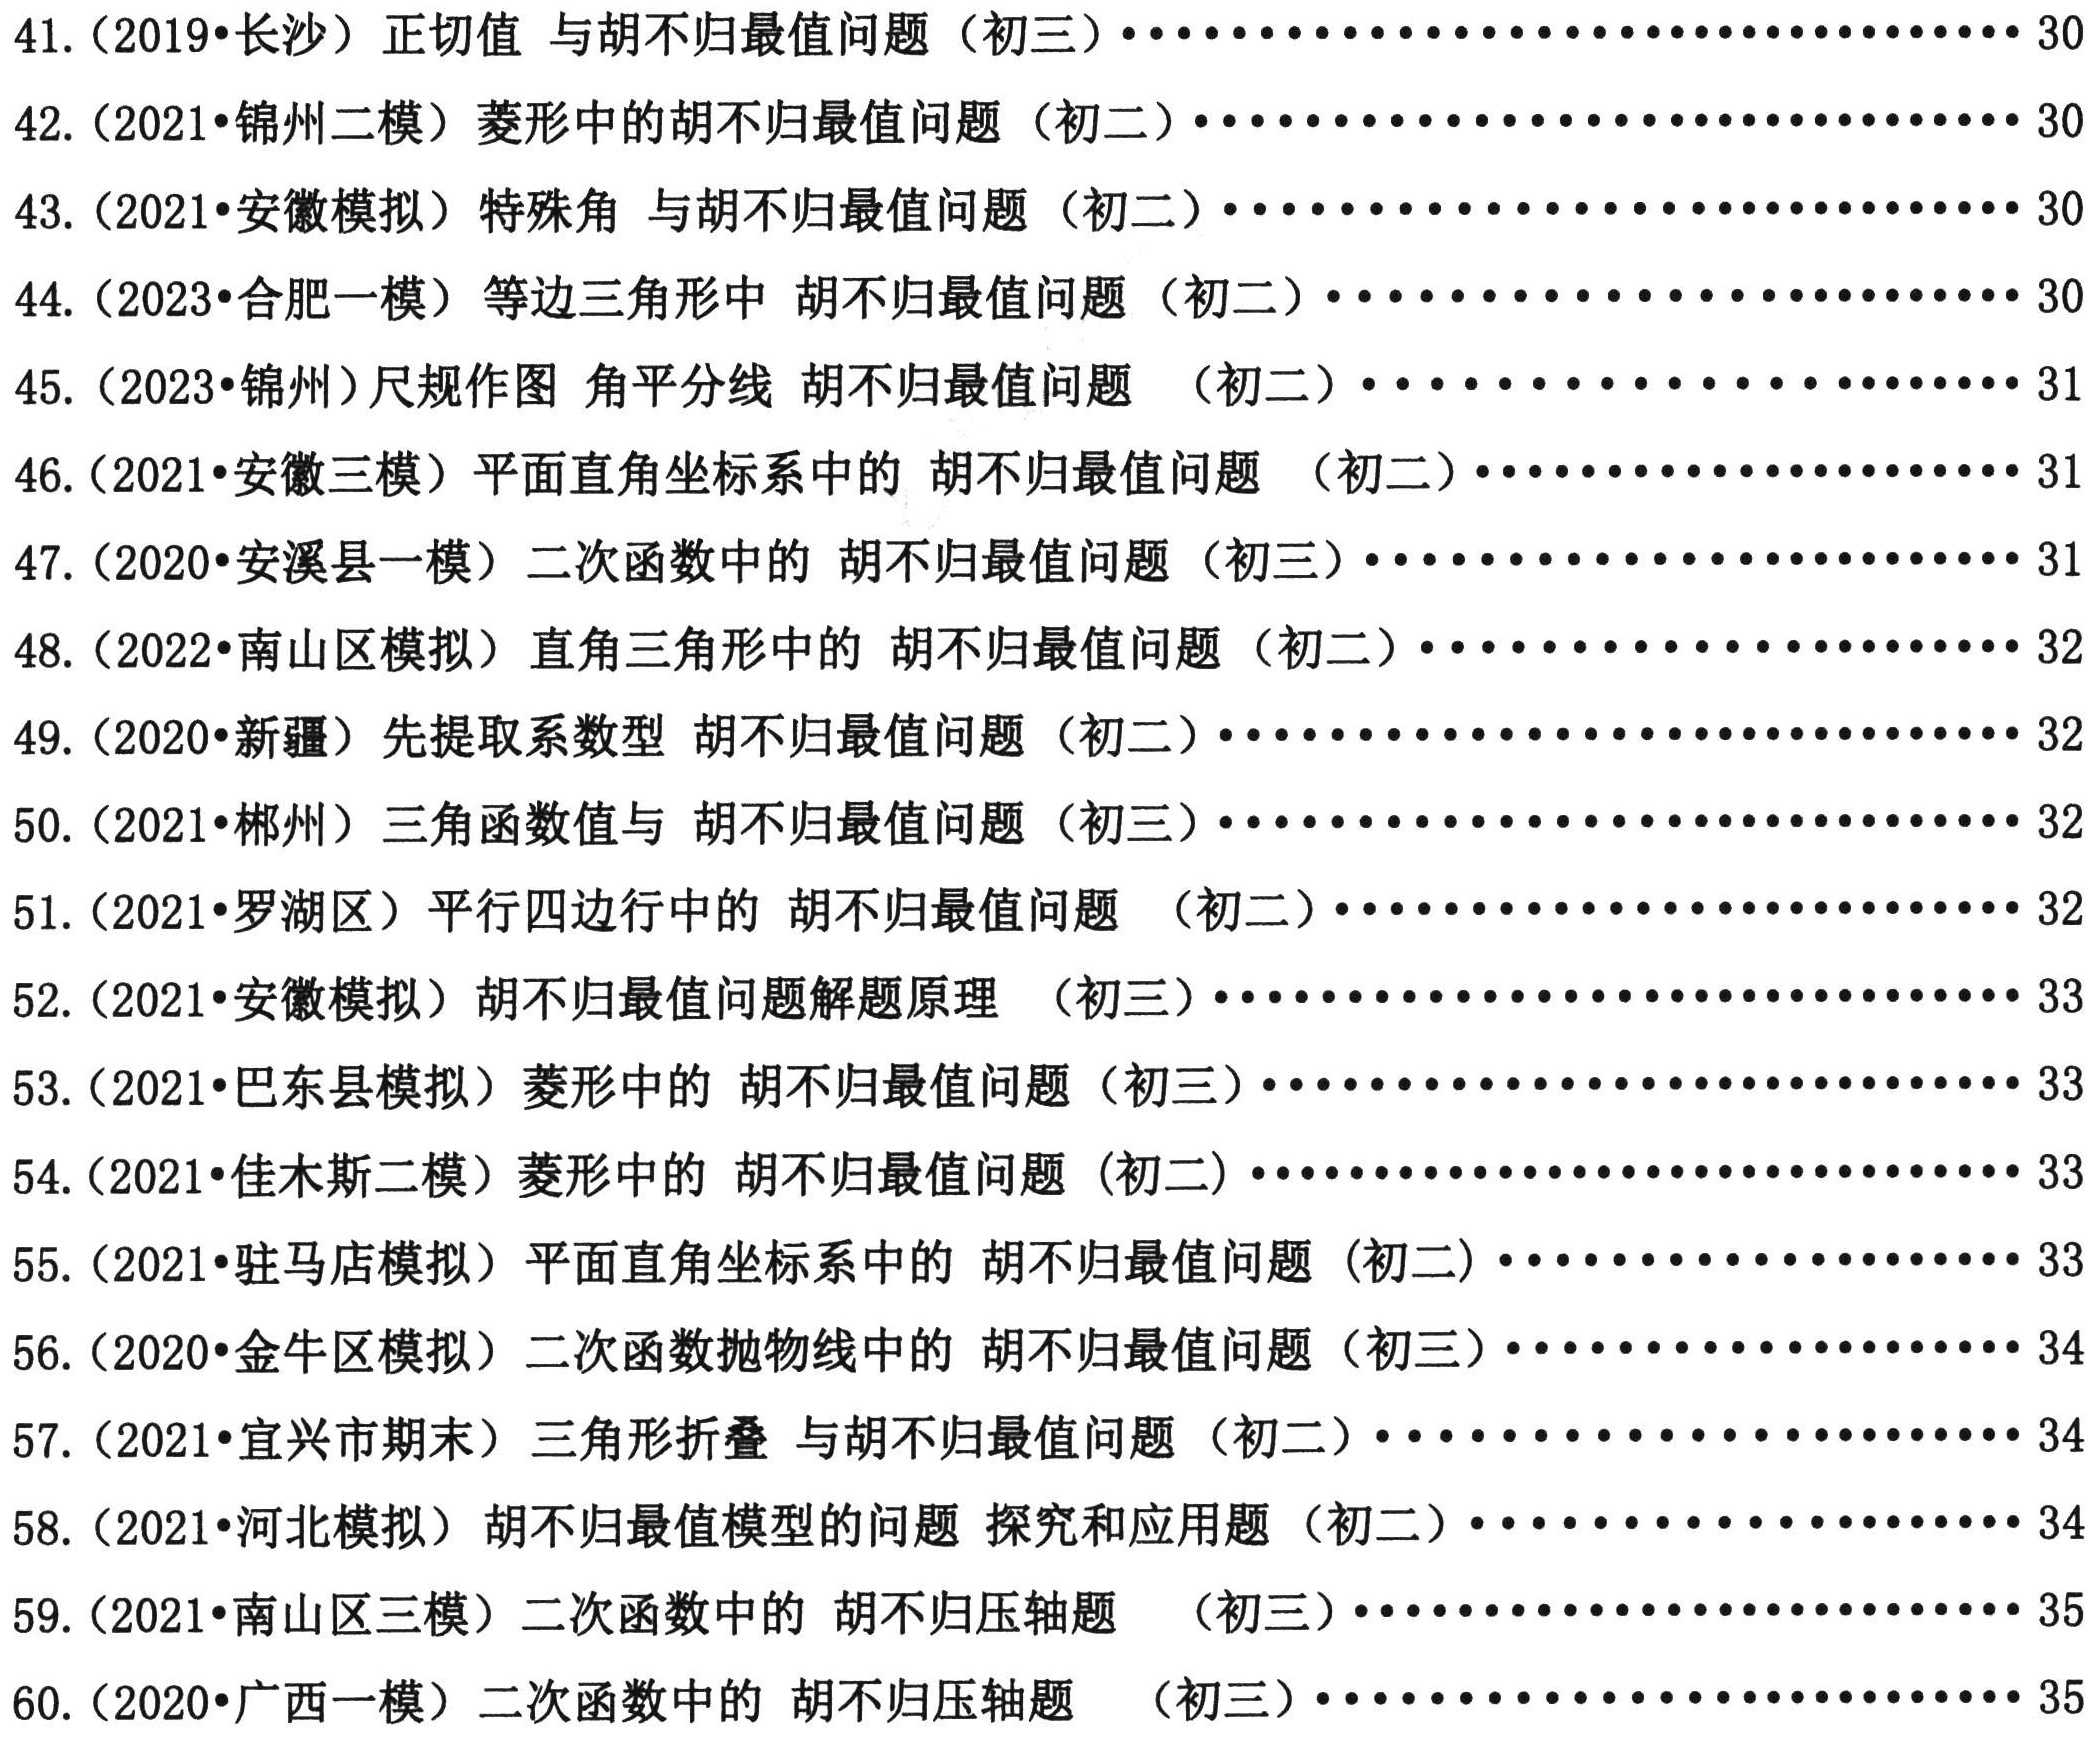
41. (2019•长沙) 正切值 与胡不归最值问题（初三）……………………… 30
42. (2021•锦州二模) 菱形中的胡不归最值问题（初二）……………………… 30
43. (2021•安徽模拟) 特殊角 与胡不归最值问题（初二）……………………… 30
44. (2023•合肥一模) 等边三角形中 胡不归最值问题（初二）……………………… 30
45. (2023•锦州) 尺规作图 角平分线 胡不归最值问题 （初二）……………………… 31
46. (2021•安徽三模) 平面直角坐标系中的 胡不归最值问题 （初二）……………………… 31
47. (2020•安溪县一模) 二次函数中的 胡不归最值问题 （初三）……………………… 31
48. (2022•南山区模拟) 直角三角形中的 胡不归最值问题 （初二）……………………… 32
49. (2020•新疆) 先提取系数型 胡不归最值问题（初二）……………………… 32
50. (2021•郴州) 三角函数值与 胡不归最值问题（初三）……………………… 32
51. (2021•罗湖区) 平行四边行中的 胡不归最值问题 （初二）……………………… 32
52. (2021•安徽模拟) 胡不归最值问题解题原理 （初三）……………………… 33
53. (2021•巴东县模拟) 菱形中的 胡不归最值问题（初三）……………………… 33
54. (2021•佳木斯二模) 菱形中的 胡不归最值问题 (初二)……………………… 33
55. (2021•驻马店模拟) 平面直角坐标系中的 胡不归最值问题 (初二)……………………… 33
56. (2020•金牛区模拟) 二次函数抛物线中的 胡不归最值问题（初三）……………………… 34
57. (2021•宜兴市期末) 三角形折叠 与胡不归最值问题（初二）……………………… 34
58. (2021•河北模拟) 胡不归最值模型的问题 探究和应用题（初二）……………………… 34
59. (2021•南山区三模) 二次函数中的 胡不归压轴题 （初三）……………………… 35
60. (2020•广西一模) 二次函数中的 胡不归压轴题 （初三）……………………… 35